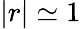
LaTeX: |r|\simeq 1